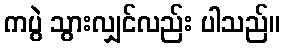
ကပွဲ သွားလျှင်လည်း ပါသည်။